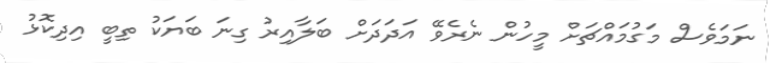
ނަމަވެސް މަގުމައްޗަށް މީހުން ނެރެވޭ އަދަދަށް ބަލާއިރު ގިނަ ބަޔަކު ތިބީ އިދިކޮޅު